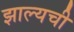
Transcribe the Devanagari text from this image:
झाल्यची